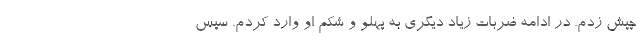
چپش زدم. در ادامه ضربات زیاد دیگری به پهلو و شکم او وارد کردم. سپس